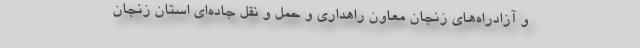
و آزادراه‌های زنجان معاون راهداری و حمل و نقل جاده‌ای استان زنجان